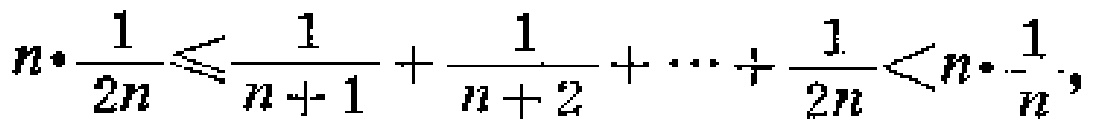
\[

n\cdot\frac{1}{2n}\leqslant\frac{1}{n + 1}+\frac{1}{n + 2}+\cdots+\frac{1}{2n}<n\cdot\frac{1}{n},

\]